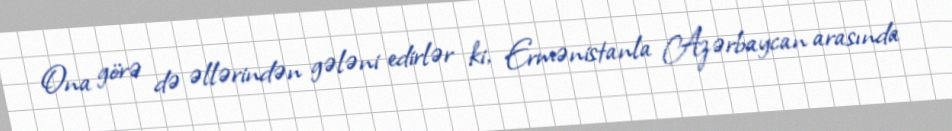
Ona görə də əllərindən gələni edirlər ki, Ermənistanla Azərbaycan arasında